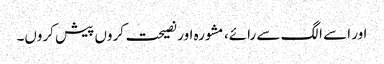
اور اسے الگ سے رائے، مشورہ اور نصیحت کروں پیش کروں۔